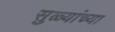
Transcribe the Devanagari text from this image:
सुळ्यांच्या